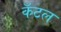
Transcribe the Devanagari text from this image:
कॅटल